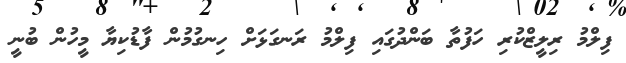
ފިލްމު ރިލީޒްކުރި ހަފުތާ ބަންދުގައި ފިލްމު ރަނގަޅަށް ހިނގުމުން ފާޑުކިޔާ މީހުން ބުނީ